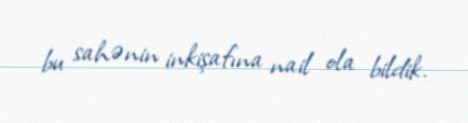
bu sahənin inkişafına nail ola bildik.